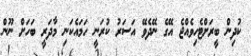
ކުދިން ބީރަށްޓެހިވެއްޖެ އޭގެ ނޭދެވޭ އަސަރު ކުރަނީ ހަމައެކަނި މާދަރީ ބަހަށް ނޫން